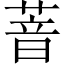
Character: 萻